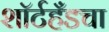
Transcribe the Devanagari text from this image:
शॉर्टहँडचा